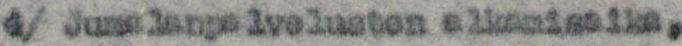
4/Jumalanpalvelusten alkamisaika,